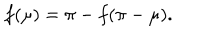
f ( \mu ) = \pi - f ( \pi - \mu ) .